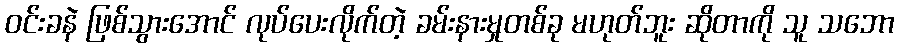
ဝင်းခနဲ ဖြစ်သွားအောင် လုပ်ပေးလိုက်တဲ့ ခမ်းနားမှုတစ်ခု မဟုတ်ဘူး ဆိုတာကို သူ သဘော